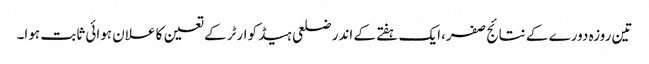
تین روزہ دورے کے نتائج صفر،ایک ہفتے کے اندر ضلعی ہیڈ کوارٹر کے تعین کا علان ہوائی ثابت ہوا۔